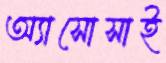
অ্যাসোসাই